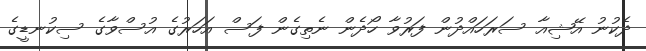
ދެކުނު އޭޝިއާ ސަރަހައްދުން ފަރުވާ ހޯދެން ނެތިގެން ފަސް އަހަރުގެ އުސްވާގެ ސިކުނޑީގެ